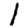
Digit: 1